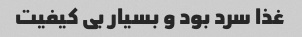
غذا سرد بود و بسیار بی کیفیت